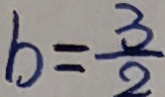
b = \frac { 3 } { 2 }